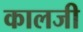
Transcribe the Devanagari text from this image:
कालजी